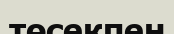
төсекпен